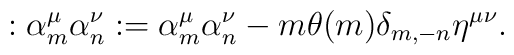
:\alpha^\mu_m \alpha^\nu_n: =\alpha^\mu_m \alpha^\nu_n  - m \theta(m) \delta_{m,-n}\eta^{\mu\nu}{.}